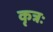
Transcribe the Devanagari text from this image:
कृत्रः